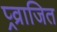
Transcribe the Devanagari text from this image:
प्र्व्राजित